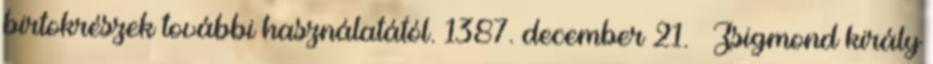
birtokrészek további használatától. 1387. december 21. – Zsigmond király